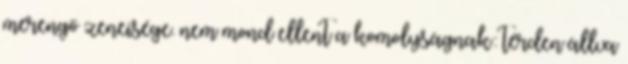
merengő zeneisége. nem mond ellent a komolyságnak: térden állva